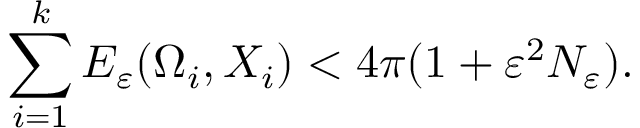
\sum _ { i = 1 } ^ { k } E _ { \varepsilon } ( \Omega _ { i } , X _ { i } ) < 4 \pi ( 1 + \varepsilon ^ { 2 } N _ { \varepsilon } ) .